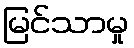
မြင်သာမှု